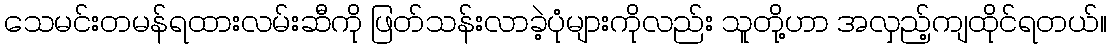
သေမင်းတမန်ရထားလမ်းဆီကို ဖြတ်သန်းလာခဲ့ပုံများကိုလည်း သူတို့ဟာ အလှည့်ကျထိုင်ရတယ်။